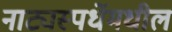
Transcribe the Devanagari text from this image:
नाट्यस्पर्धेमधील